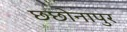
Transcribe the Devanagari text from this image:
छछोनापुर